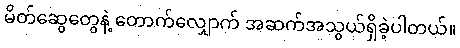
မိတ်ဆွေတွေနဲ့ တောက်လျှောက် အဆက်အသွယ်ရှိခဲ့ပါတယ်။